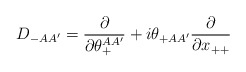
\begin{align*}D_{-AA'} = {\partial\over\partial\theta^{AA'}_+} + i\theta_{+AA'}{\partial\over\partial x_{++}}\end{align*}